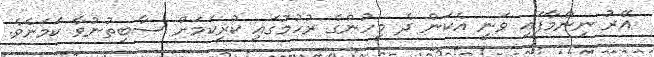
އޭރު ނިންމާފައި ވަނީ އެކަން ދެ މީހުންގެ ރުހުމުގައި ކުރިކަމަށް ސާބިތުނުވާ ކަމަށެވެ.